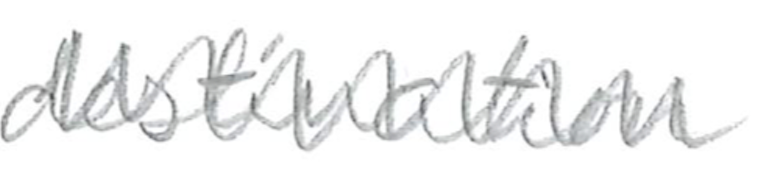
Text: destination
Cross-out: zig-zag
Writing tool: pencil